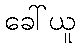
ခေါ်ယူ